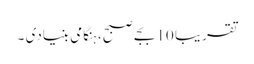
تقریبا 10 بجے صبح، ہنگامی بنیادی ۔